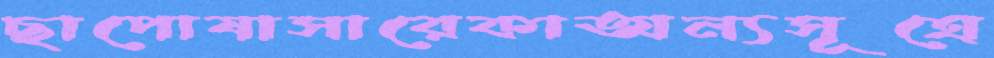
ছাপোষাসারেকাঅন্যসূত্রে